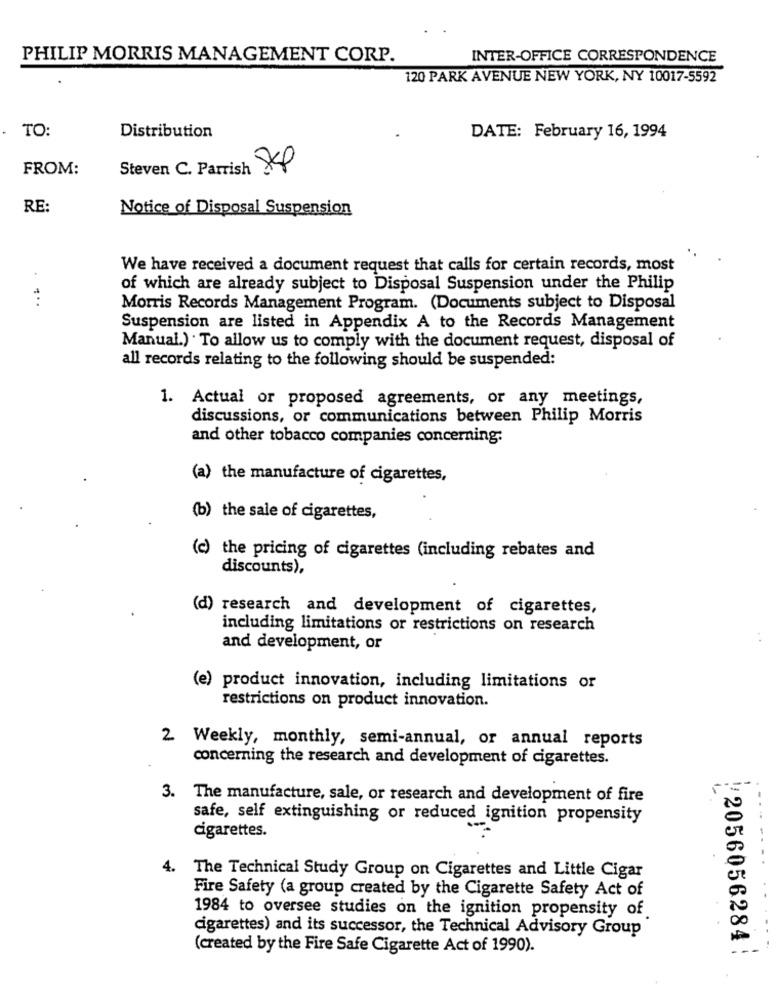
PHILIP MORRIS MANAGEMENT CORP.
INTER-OFFICE CORRESPONDENCE
120 PARK AVENUE NEW YORK, NY 10017-5592
TO:
Distribution
DATE: February 16, 1994
FROM:
Steven C. Parrish SK8
RE:
Notice of Disposal Suspension
We have received a document request that calls for certain records, most
of which are already subject to Disposal Suspension under the Philip
Morris Records Management Program. (Documents subject to Disposal
Suspension are listed in Appendix A to the Records Management
Manual.) . To allow us to comply with the document request, disposal of
all records relating to the following should be suspended:
1. Actual or proposed agreements, or any meetings,
discussions, or communications between Philip Morris
and other tobacco companies concerning:
(a) the manufacture of cigarettes,
(b) the sale of cigarettes,
(c) the pricing of cigarettes (including rebates and
discounts),
(d) research and development of cigarettes,
including limitations or restrictions on research
and development, or
(e) product innovation, including limitations or
restrictions on product innovation.
2 Weekly, monthly, semi-annual, or annual reports
concerning the research and development of cigarettes.
3. The manufacture, sale, or research and development of fire
safe, self extinguishing or reduced ignition propensity
cigarettes.
4.
The Technical Study Group on Cigarettes and Little Cigar
Fire Safety (a group created by the Cigarette Safety Act of
1984 to oversee studies on the ignition propensity of
cigarettes) and its successor, the Technical Advisory Group
(created by the Fire Safe Cigarette Act of 1990).
#2056056284